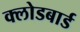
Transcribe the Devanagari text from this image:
क्लोडबार्ड